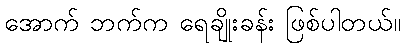
အောက် ဘက်က ရေချိုးခန်း ဖြစ်ပါတယ်။